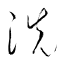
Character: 洗